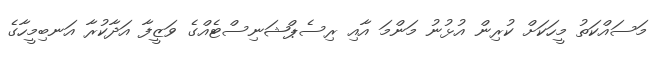
މަސައްކަތު މީހަކަށް ކުރިން އުޅުނު މަންމަ އާއި ރިސެޕްޝަނިސްޓެއްގެ ވަޒީފާ އަދާކުރާ އަނބިމީހާގެ